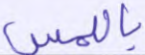
باللمس